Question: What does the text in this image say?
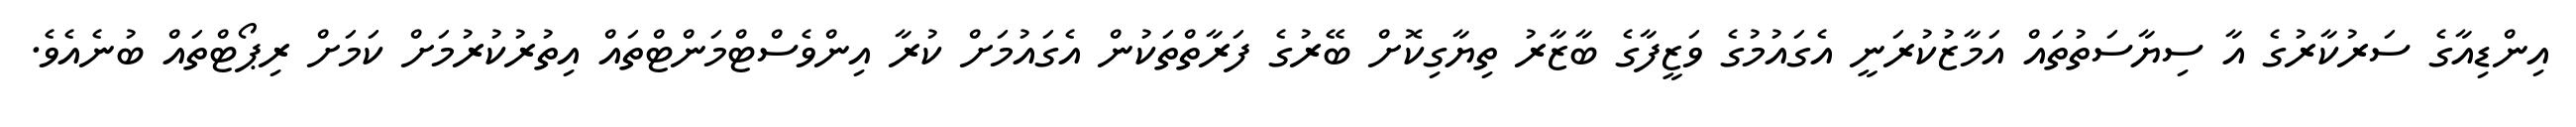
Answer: އިންޑިއާގެ ސަރުކާރުގެ އާ ސިޔާސަތުތައް އަމާޒުކުރަނީ އެގައުމުގެ ވަޒީފާގެ ބާޒާރު ތިޔާގިކޮށް ބޭރުގެ ފަރާތްތަކުން އެގައުމަށް ކުރާ އިންވެސްޓްމަންޓްތައް އިތުރުކުރުމަށް ކަމަށް ރިޕޯޓްތައް ބުނެއެވެ.